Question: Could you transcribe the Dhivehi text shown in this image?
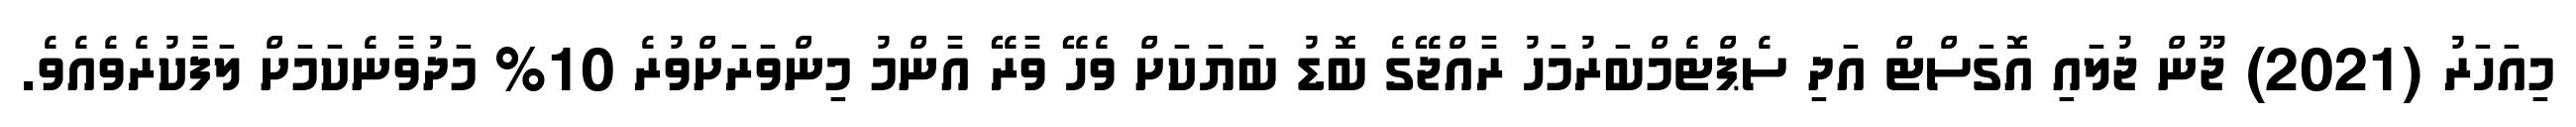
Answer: މިއަހަރު (2021) ޖޫން ޖުލައި އޮގަސްޓް އަދި ސެޕްޓެމްބަރުމަހު ރާއްޖޭގެ ބޮޑު ބަޔަކަށް ވެހޭ ވާރޭ އާންމު މިންވަރަށްވުރެ 10% މަދުވާނެކަމަށް ލަފާކުރެވެއެވެ.